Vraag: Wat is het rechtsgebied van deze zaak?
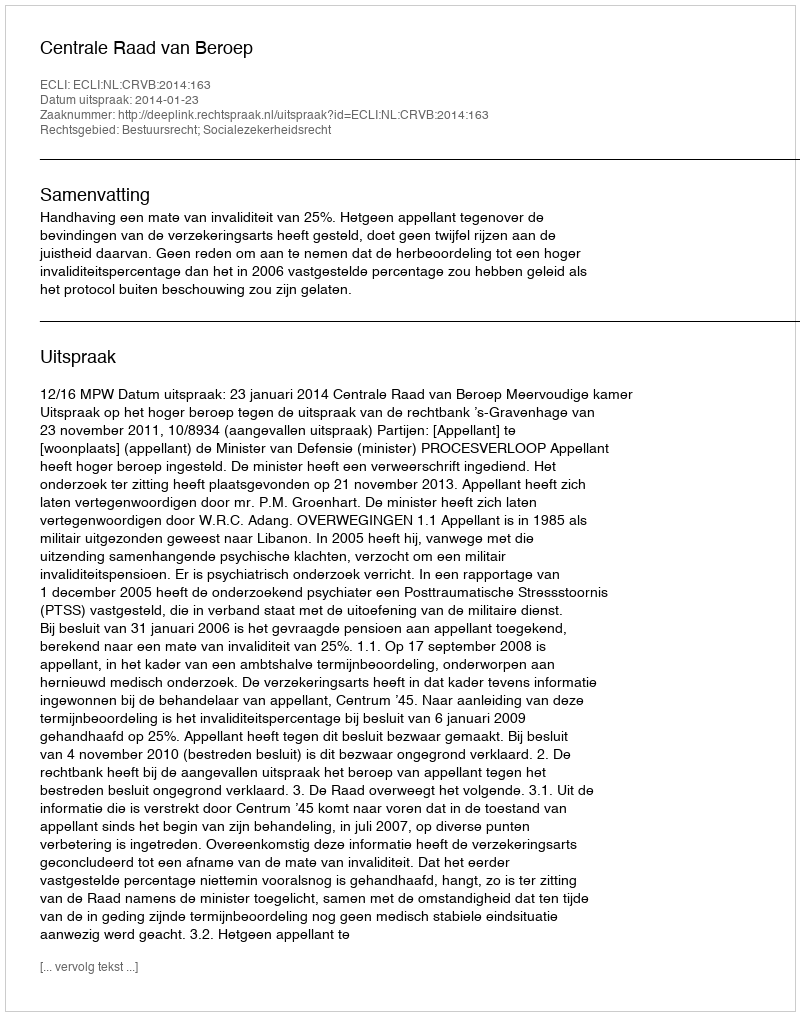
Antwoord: Bestuursrecht; Socialezekerheidsrecht